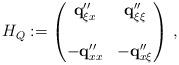
LaTeX: \begin{align*}H_Q&:=\begin{pmatrix}\mathbf{q}''_{\xi x}&\mathbf{q}''_{\xi\xi}\\ \\-\mathbf{q}''_{xx}&-\mathbf{q}''_{x\xi}\end{pmatrix}\,,\end{align*}